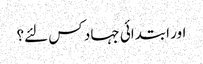
اور ابتدائی جہاد کس لئے؟